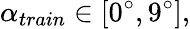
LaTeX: \alpha_{train}\in[0^{\circ},9^{\circ}],